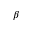
\beta